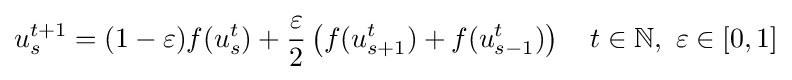
u_{s}^{t+1}=(1-\varepsilon )f(u_{s}^{t})+{\frac {\varepsilon }{2}}\left(f(u_{s+1}^{t})+f(u_{s-1}^{t})\right)\ \ \ t\in \mathbb {N} ,\ \varepsilon \in [0,1]